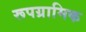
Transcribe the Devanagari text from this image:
रूपग्रामिक